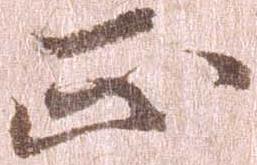
正